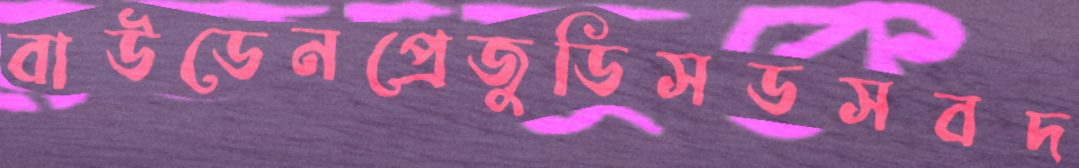
বাউডেনপ্রেজুডিসডসবদ